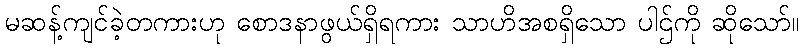
မဆန့်ကျင်ခဲ့တကားဟု စောဒနာဖွယ်ရှိရကား သာဟိအစရှိသော ပါဌ်ကို ဆိုသော်။